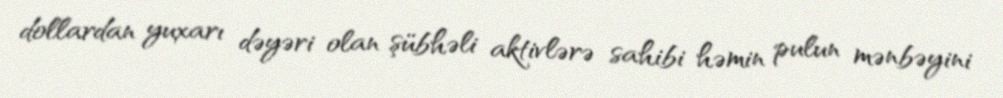
dollardan yuxarı dəyəri olan şübhəli aktivlərə sahibi həmin pulun mənbəyini